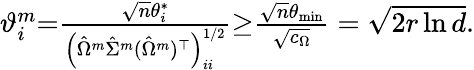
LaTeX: \begin{array}{r}{\vartheta_{i}^{m}{=}\frac{\sqrt{n}\theta_{i}^{*}}{\left(\hat{\Omega}^{m}\hat{\Sigma}^{m}(\hat{\Omega}^{m})^{\top}\right)_{ii}^{1/2}}{\geq}\frac{\sqrt{n}\theta_{\operatorname*{min}}}{\sqrt{c_{\Omega}}}=\sqrt{2r\ln d}.}\end{array}